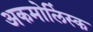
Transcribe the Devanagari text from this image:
अकमोलिंस्क